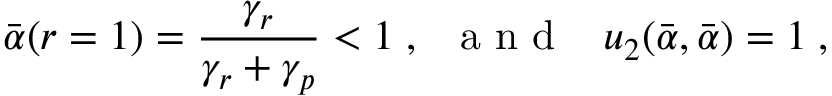
\bar { \alpha } ( r = 1 ) = \frac { \gamma _ { r } } { \gamma _ { r } + \gamma _ { p } } < 1 \; , \; \; { \mathrm { ~ a ~ n ~ d ~ } } \; \; \; u _ { 2 } ( \bar { \alpha } , \bar { \alpha } ) = 1 \; ,